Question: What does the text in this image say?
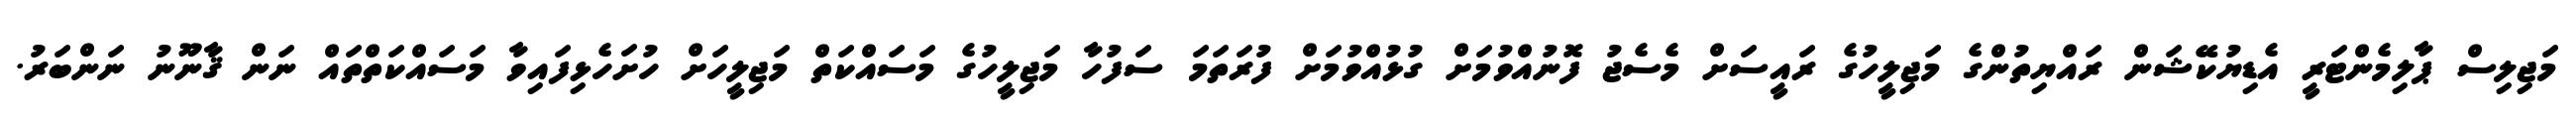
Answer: މަޖިލިސް ޕާލިމެންޓަރީ އެޑިޔުކޭޝަން ރައްޔިތުންގެ މަޖިލީހުގެ ރައީސަށް މެސެޖު ފޮނުއްވުމަށް ގުޅުއްވުމަށް ފުރަތަމަ ސަފުހާ މަޖިލީހުގެ މަސައްކަތް މަޖިލީހަށް ހުށަހެޅިފައިވާ މަސައްކަތްތައް ނަން ޤާނޫނު ނަންބަރު.